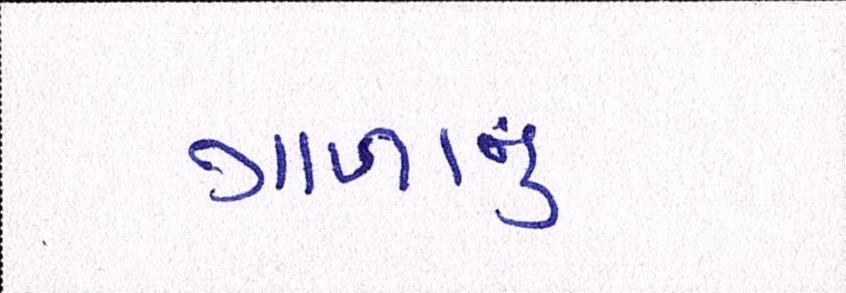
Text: ગાળાનું